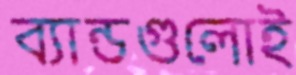
ব্যান্ডগুলোই